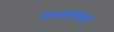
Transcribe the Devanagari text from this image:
गायनास